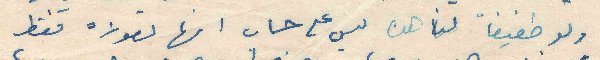
ولو طفيفاً لناهده ليس على حساب انها تعوزه فقط